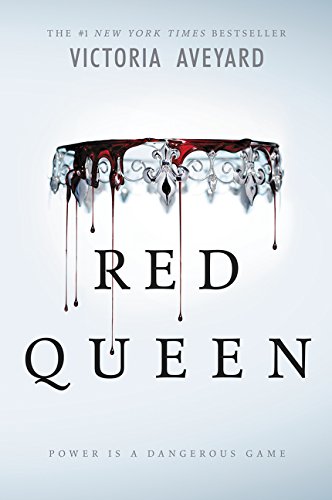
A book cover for Red Queen; Victoria Aveyard; Teen & Young Adult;